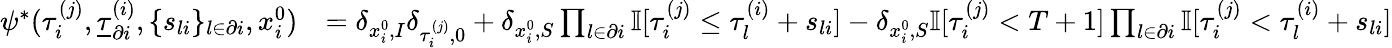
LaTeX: \begin{array}{rl}{\psi^{*}(\tau_{i}^{(j)},\underline{{\tau}}_{\partial i}^{(i)},\{ s_{li}\} _{l\in\partial i},x_{i}^{0})}&{=\delta_{x_{i}^{0},I}\delta_{\tau_{i}^{(j)},0}+\delta_{x_{i}^{0},S}\prod_{l\in\partial i}\mathbb{I}[\tau_{i}^{(j)}\leq\tau_{l}^{(i)}+s_{li}]-\delta_{x_{i}^{0},S}\mathbb{I}[\tau_{i}^{(j)}<T+1]\prod_{l\in\partial i}\mathbb{I}[\tau_{i}^{(j)}<\tau_{l}^{(i)}+s_{li}]}\end{array}